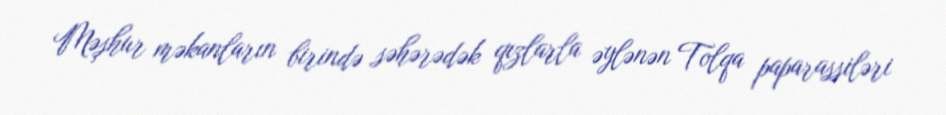
Məşhur məkanların birində səhərədək qızlarla əylənən Tolqa paparassiləri